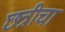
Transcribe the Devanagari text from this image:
छत्रीचा